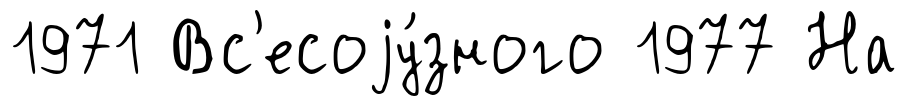
1971 Вс'есоjу́зного 1977 На